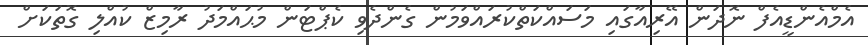
އެމްއެންޑީއެފް ނޮދަން އޭރިއާގައި މަސައްކަތްކުރައްވަމުން ގެންދެވި ކެޕްޓަން މުޙައްމަދު ރާމިޒް ކުއްލި ގޮތަކަށް